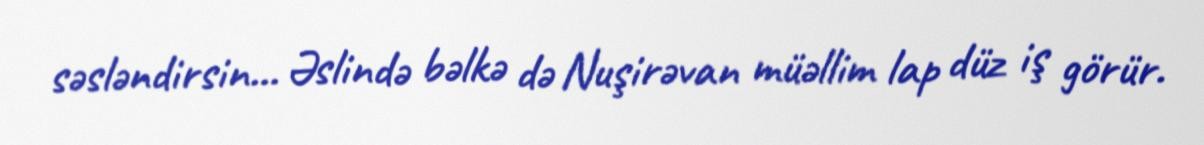
səsləndirsin... Əslində bəlkə də Nuşirəvan müəllim lap düz iş görür.